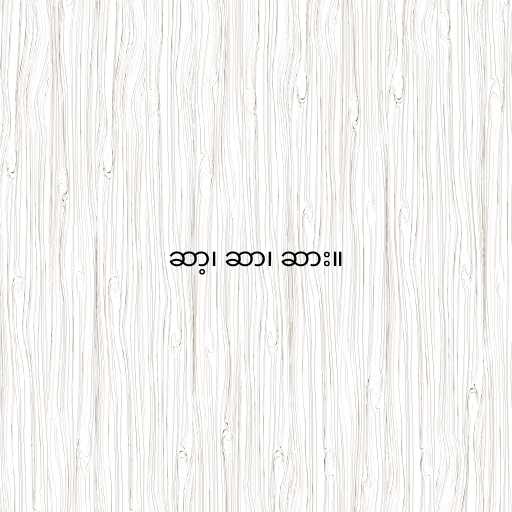
ဆာ့၊ ဆာ၊ ဆား။